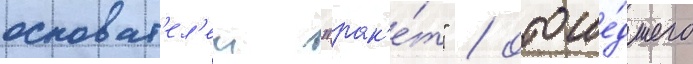
основат'ел'еи "рак'е́т" / отоше́дшего